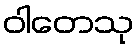
ဝါတေသု